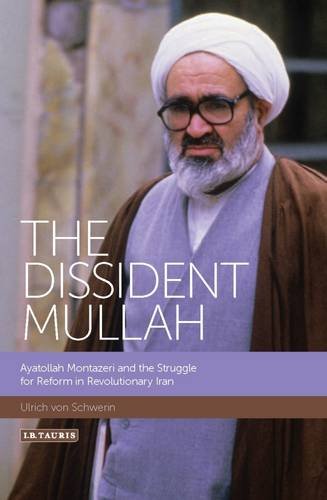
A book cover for The Dissident Mullah: Ayatollah Montazeri and the Struggle for Reform in Revolutionary Iran (International Library of Iranian Studies); Ulrich von Schwerin; History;